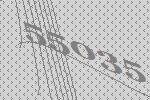
55035